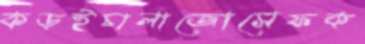
কড়ইচালাজোসেফক